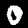
Digit: 0